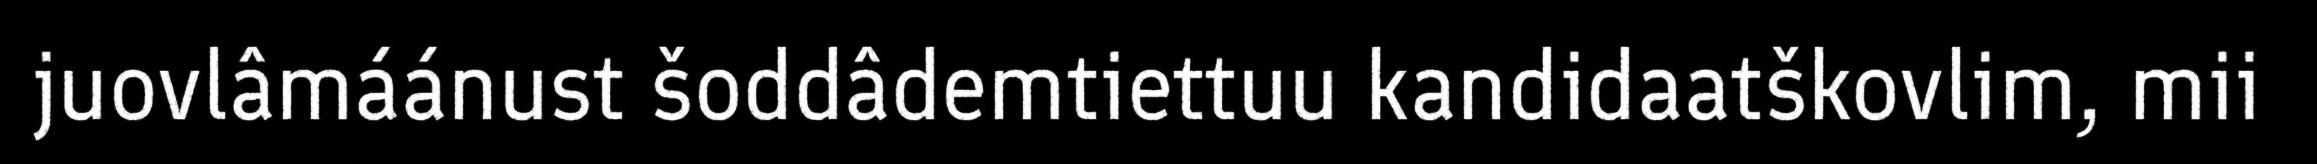
juovlâmáánust šoddâdemtiettuu kandidaatškovlim, mii